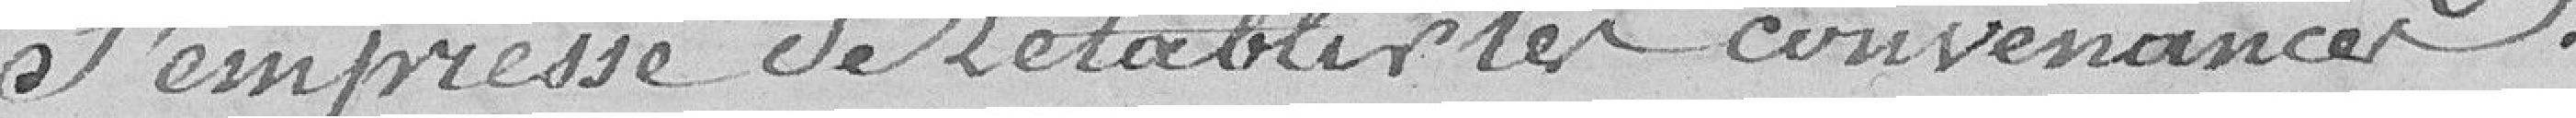
l'empresse de rétablir les convenances